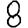
Digit: 8